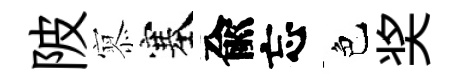
陂𡪹塞兪忘色奖